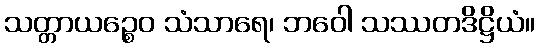
သတ္တာယဉ္စေဝ သံသာရေ၊ ဘဝေါ သဿတဒိဋ္ဌိယံ။